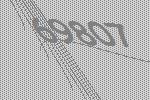
69807